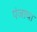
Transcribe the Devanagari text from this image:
पंजाचा